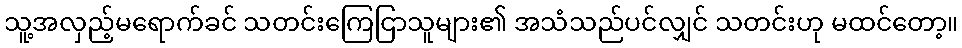
သူ့အလှည့်မရောက်ခင် သတင်းကြေငြာသူများ၏ အသံသည်ပင်လျှင် သတင်းဟု မထင်တော့။